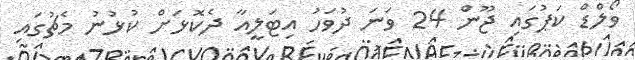
ވޯލްޑް ކަޕުގައި ޖޫން 24 ވަނަ ދުވަހު އިޓަލީއާ ދެކޮޅަށް ކުޅުނު މެޗުގައި